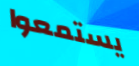
يستمعوا